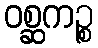
ဝစ္ဆကဉ္စ